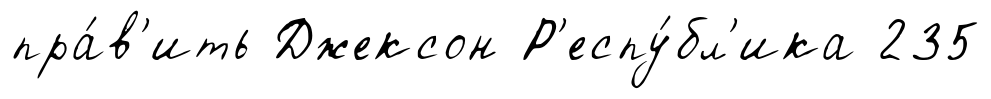
пра́в'ить Джексон Р'еспу́бл'ика 235